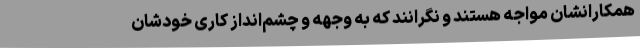
همکارانشان مواجه هستند و نگرانند که به وجهه و چشم‌انداز کاری خودشان